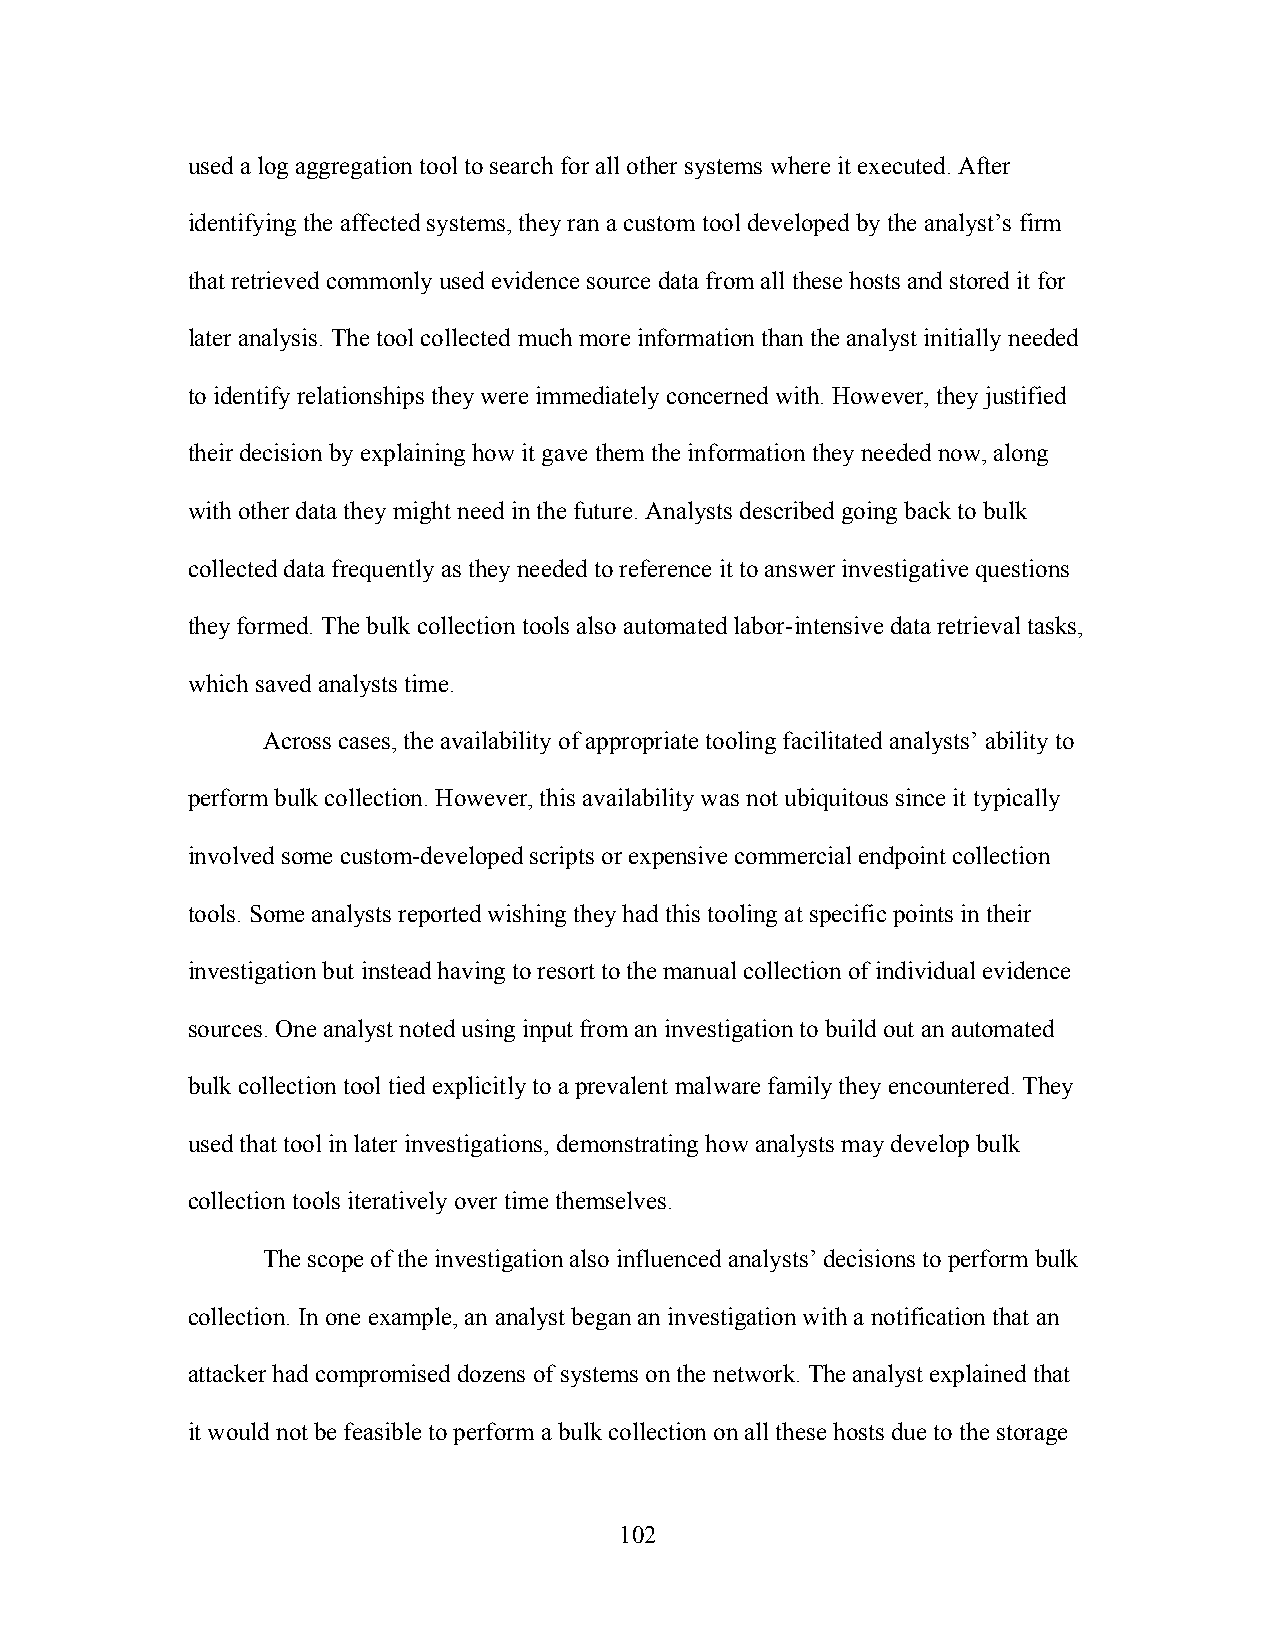
used a log aggregation tool to search for all other systems where it executed. After
 identifying the affected systems, they ran a custom tool developed by the analyst’s firm
 that retrieved commonly used evidence source data from all these hosts and stored it for
 later analysis. The tool collected much more information than the analyst initially needed
 to identify relationships they were immediately concerned with. However, they justified
 their decision by explaining how it gave them the information they needed now, along
 with other data they might need in the future. Analysts described going back to bulk
 collected data frequently as they needed to reference it to answer investigative questions
 they formed. The bulk collection tools also automated labor-intensive data retrieval tasks,
 which saved analysts time.
 Across cases, the availability of appropriate tooling facilitated analysts’ ability to
 perform bulk collection. However, this availability was not ubiquitous since it typically
 involved some custom-developed scripts or expensive commercial endpoint collection
 tools. Some analysts reported wishing they had this tooling at specific points in their
 investigation but instead having to resort to the manual collection of individual evidence
 sources. One analyst noted using input from an investigation to build out an automated
 bulk collection tool tied explicitly to a prevalent malware family they encountered. They
 used that tool in later investigations, demonstrating how analysts may develop bulk
 collection tools iteratively over time themselves.
 The scope of the investigation also influenced analysts’ decisions to perform bulk
 collection. In one example, an analyst began an investigation with a notification that an
 attacker had compromised dozens of systems on the network. The analyst explained that
 it would not be feasible to perform a bulk collection on all these hosts due to the storage
 102